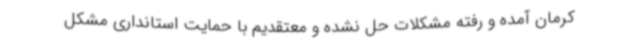
کرمان آمده و رفته مشکلات حل نشده و معتقدیم با حمایت استانداری مشکل